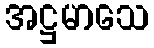
အဋ္ဌမာသေ